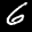
Label: 6